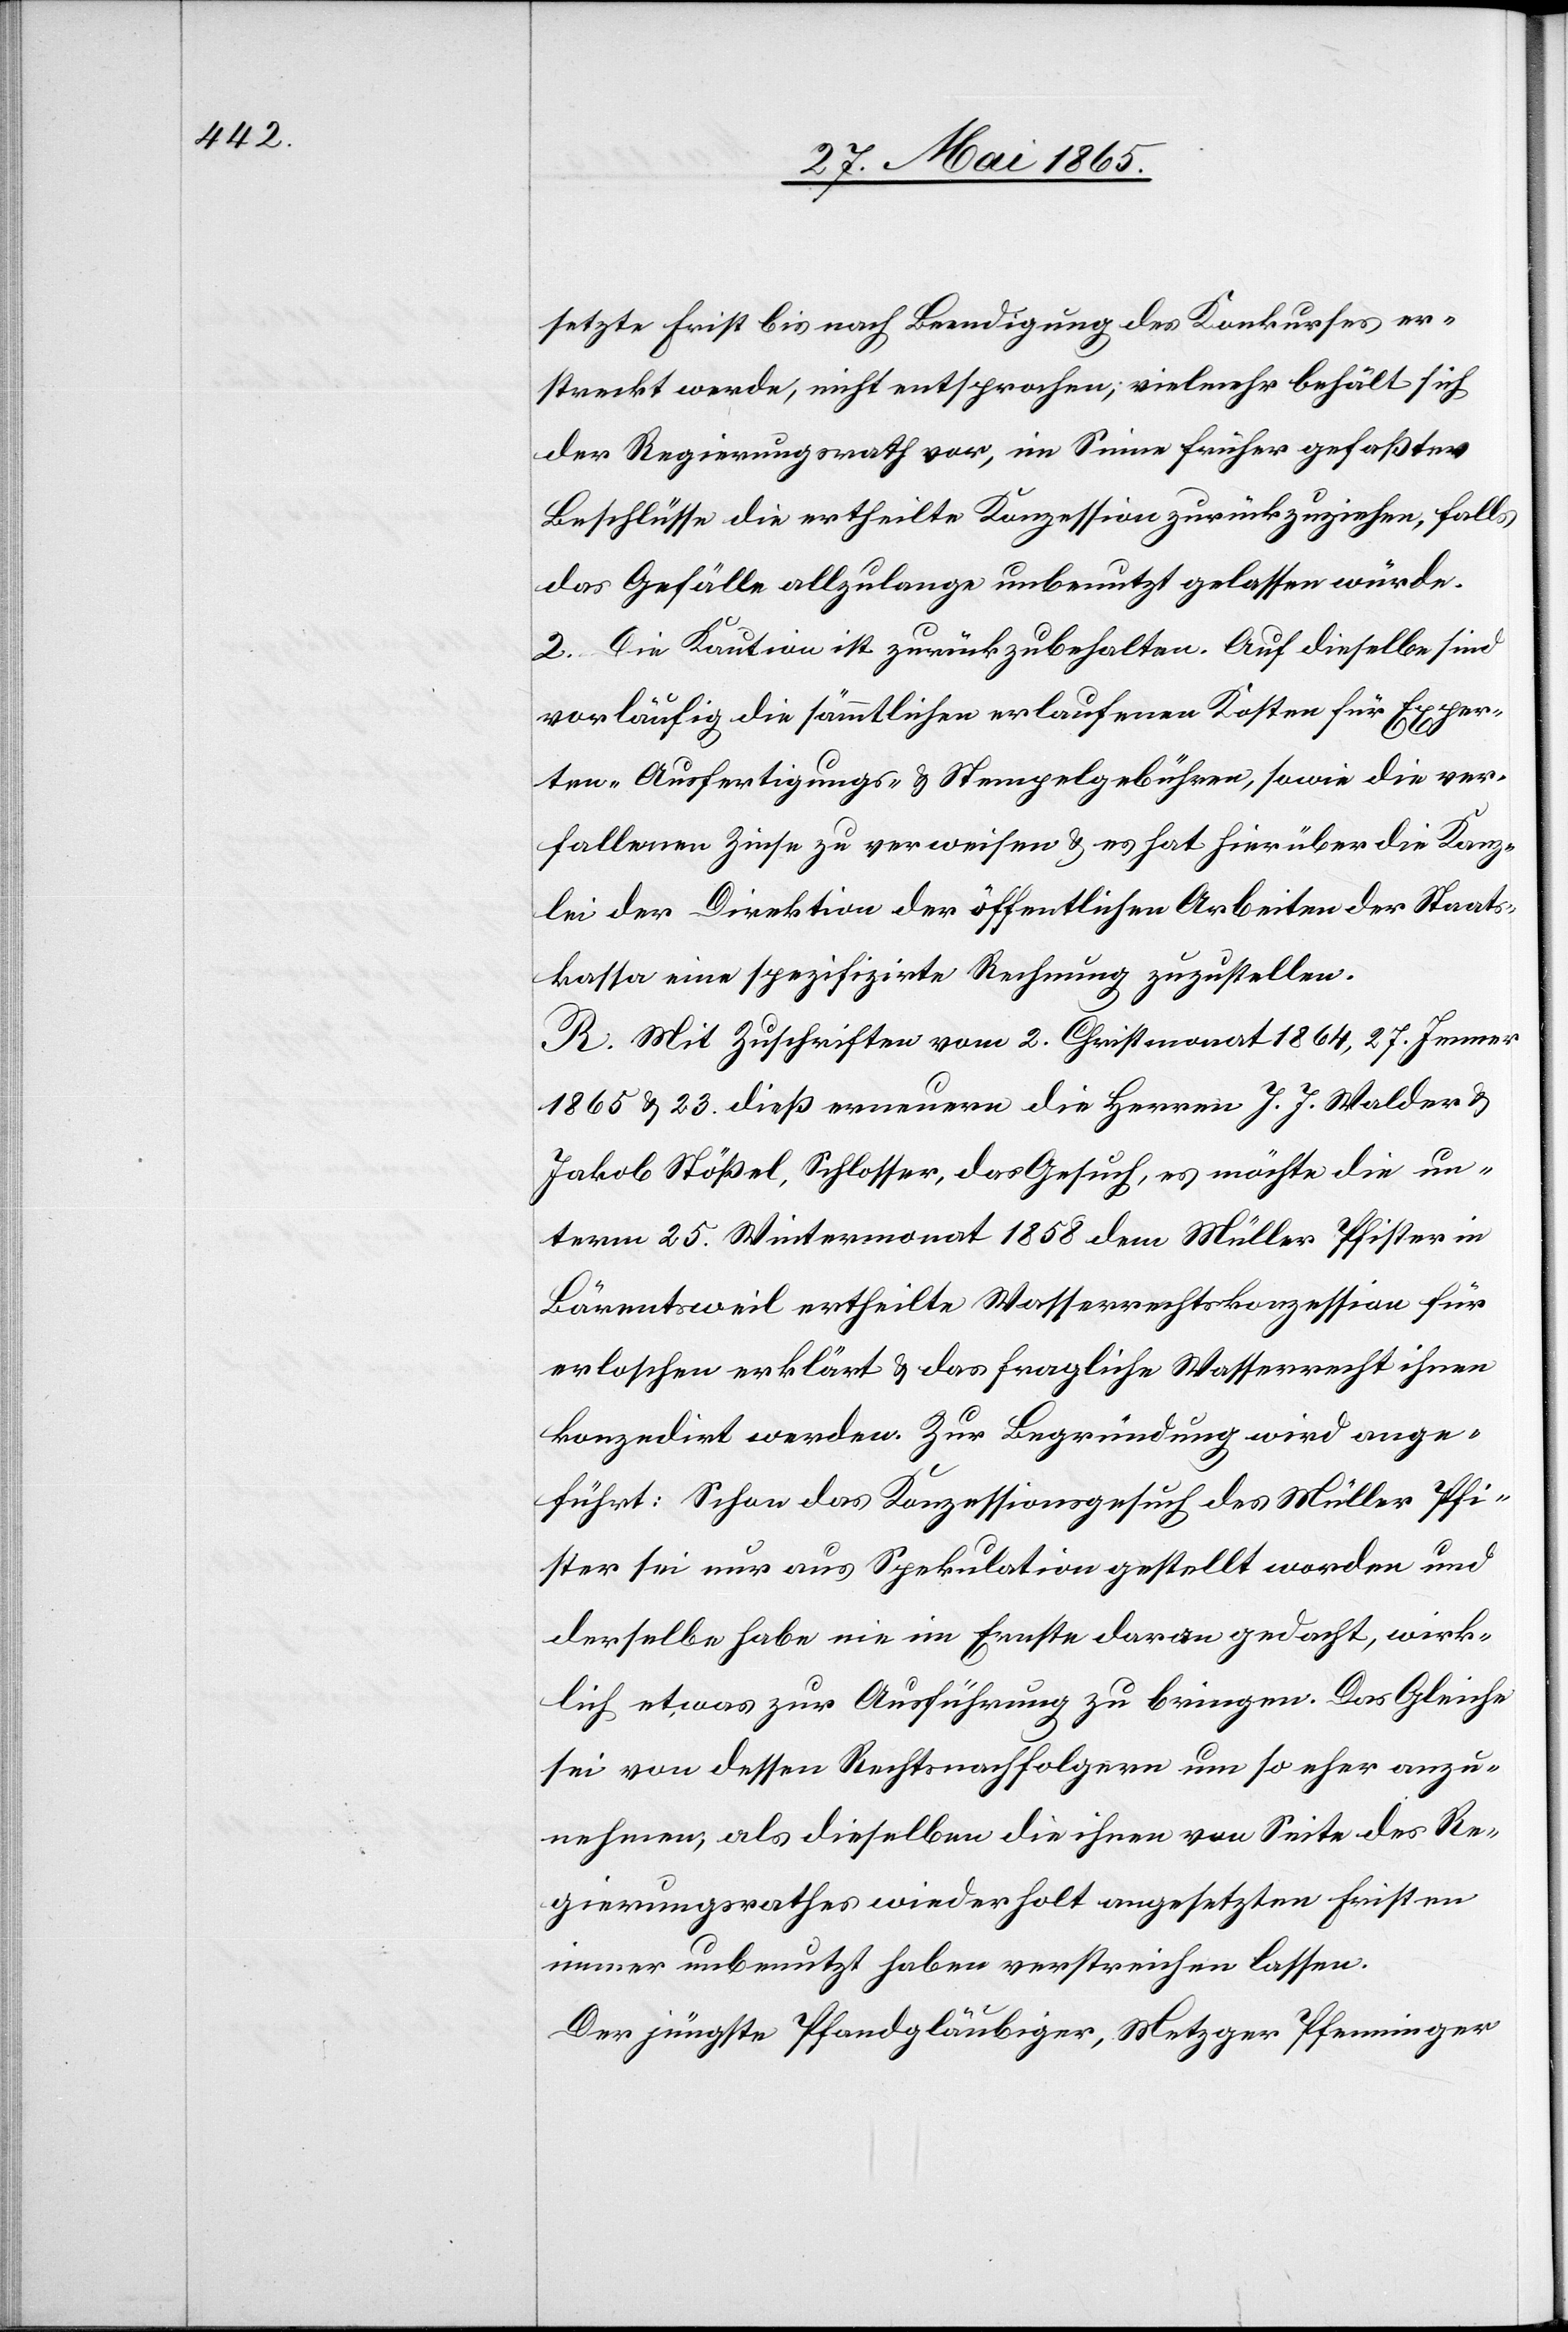
setzte Frist bis nach Beendigung des Konkurses er¬
streckt werde, nicht entsprochen; vielmehr behält sich
der Regierungsrath vor, im Sinne früher gefaßter
Beschlüsse die ertheilte Konzession zurückzuziehen, falls
das Gefälle allzulange unbenutzt gelassen würde.
2. Die Kaution ist zurückzubehalten. Auf dieselbe sind
vorläufig die sämmtlichen erlaufenen Kosten für Exper¬
ten-[,] Ausfertigungs- & Stempelgebühren, sowie die ver¬
fallenen Zinse zu verweisen & es hat hierüber die Kanz¬
lei der Direktion der öffentlichen Arbeiten der Staats¬
kassa eine spezifizirte Rechnung zuzustellen.
R. Mit Zuschriften vom 2. Christmonat 1864, 27. Jenner
1865 & 23. dieß erneuern die Herren J. J. Walder &
Jakob Stößel, Schlosser, das Gesuch, es möchte die un¬
term 25. Wintermonat 1858 dem Müller Pfister in
Bärentsweil ertheilte Wasserrechtskonzession für
erloschen erklärt & das fragliche Wasserrecht ihnen
konzedirt werden. Zur Begründung wird ange¬
führt: Schon das Konzessionsgesuch des Müller Pfi¬
ster sei nur aus Spekulation gestellt worden und
derselbe habe nie im Ernste daran gedacht, wirk¬
lich etwas zur Ausführung zu bringen. Das Gleiche
sei von dessen Rechtsnachfolgern um so eher anzu¬
nehmen, als dieselben die ihnen von Seite des Re¬
gierungsrathes wiederholt angesetzten Fristen
immer unbenutzt haben verstreichen lassen.
Der jüngste Pfandgläubiger, Metzger Pfenninger